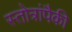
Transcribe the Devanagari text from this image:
स्तोत्रांपैकी